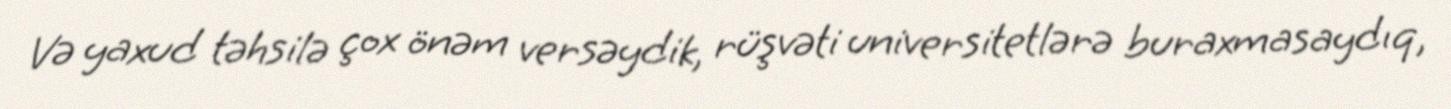
Və yaxud təhsilə çox önəm versəydik, rüşvəti universitetlərə buraxmasaydıq,